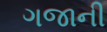
ગજાની